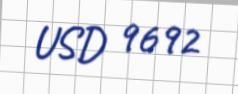
USD 9692